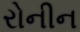
રોનીન